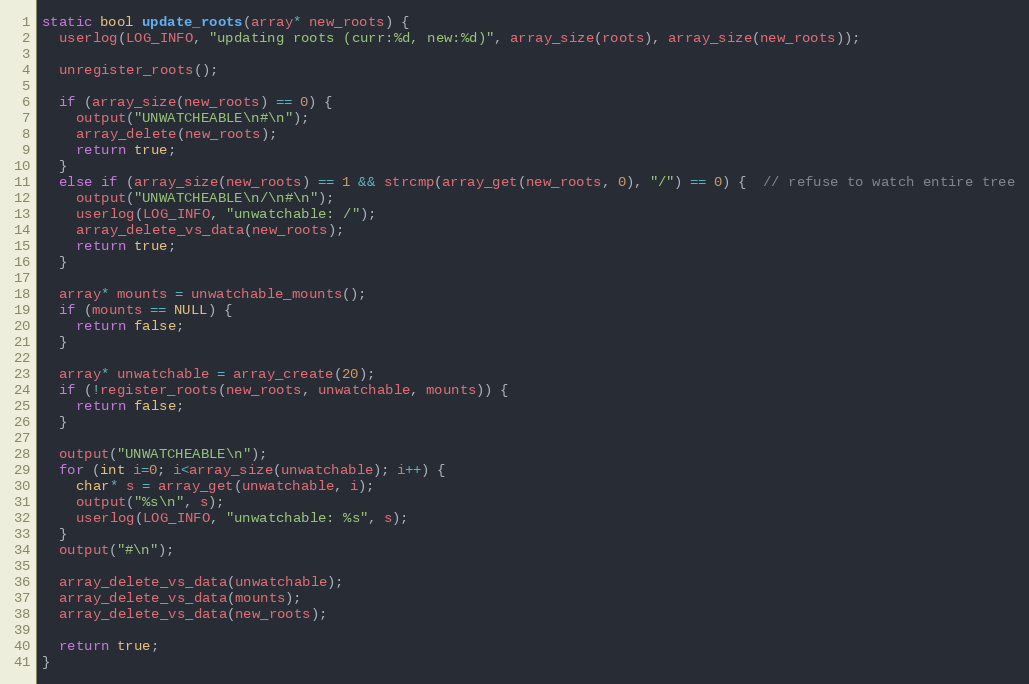
Language: C
static bool update_roots(array* new_roots) {
  userlog(LOG_INFO, "updating roots (curr:%d, new:%d)", array_size(roots), array_size(new_roots));

  unregister_roots();

  if (array_size(new_roots) == 0) {
    output("UNWATCHEABLE\n#\n");
    array_delete(new_roots);
    return true;
  }
  else if (array_size(new_roots) == 1 && strcmp(array_get(new_roots, 0), "/") == 0) {  // refuse to watch entire tree
    output("UNWATCHEABLE\n/\n#\n");
    userlog(LOG_INFO, "unwatchable: /");
    array_delete_vs_data(new_roots);
    return true;
  }

  array* mounts = unwatchable_mounts();
  if (mounts == NULL) {
    return false;
  }

  array* unwatchable = array_create(20);
  if (!register_roots(new_roots, unwatchable, mounts)) {
    return false;
  }

  output("UNWATCHEABLE\n");
  for (int i=0; i<array_size(unwatchable); i++) {
    char* s = array_get(unwatchable, i);
    output("%s\n", s);
    userlog(LOG_INFO, "unwatchable: %s", s);
  }
  output("#\n");

  array_delete_vs_data(unwatchable);
  array_delete_vs_data(mounts);
  array_delete_vs_data(new_roots);

  return true;
}